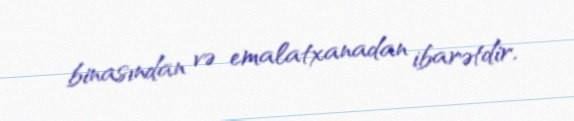
binasından və emalatxanadan ibarətdir.